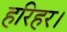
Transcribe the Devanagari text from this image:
हरिहर।